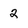
Character: 2